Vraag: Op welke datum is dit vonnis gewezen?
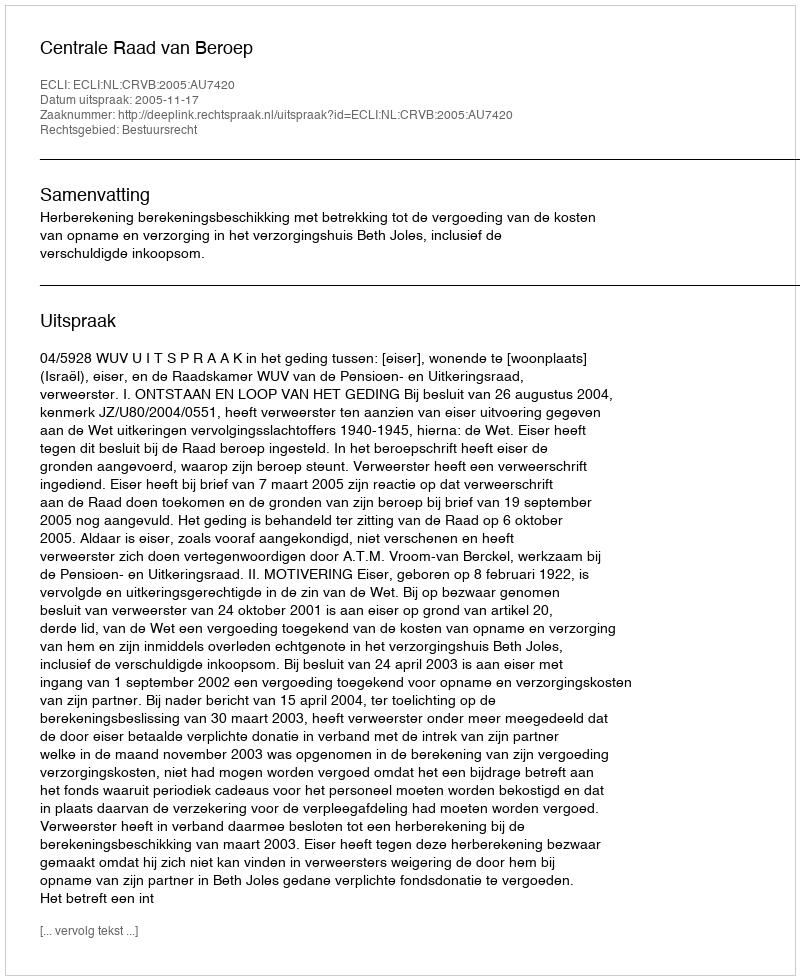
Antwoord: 2005-11-17